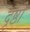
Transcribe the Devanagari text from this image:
दृष्ठी